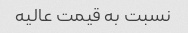
نسبت به قیمت عالیه